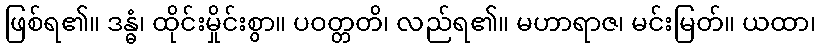
ဖြစ်ရ၏။ ဒန္ဓံ၊ ထိုင်းမှိုင်းစွာ။ ပဝတ္တတိ၊ လည်ရ၏။ မဟာရာဇ၊ မင်းမြတ်။ ယထာ၊